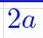
2a